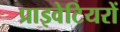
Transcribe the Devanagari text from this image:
प्राइवेटियरों